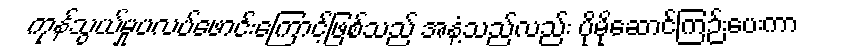
ကုန်သွယ်မှုပလပ်ဖောင်းကြောင့်ဖြစ်သည် အနံ့သည်လည်း ပိုမိုဆောင်ကြဉ်းပေးကာ